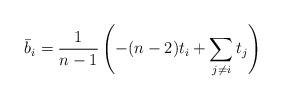
LaTeX: \begin{align*} \bar b_i=\frac{1}{n-1} \left(-(n-2)t_i+\sum_{j\neq i} t_j\right) \end{align*}